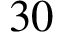
3 0